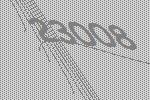
23008